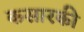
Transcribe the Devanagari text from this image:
कसारकी